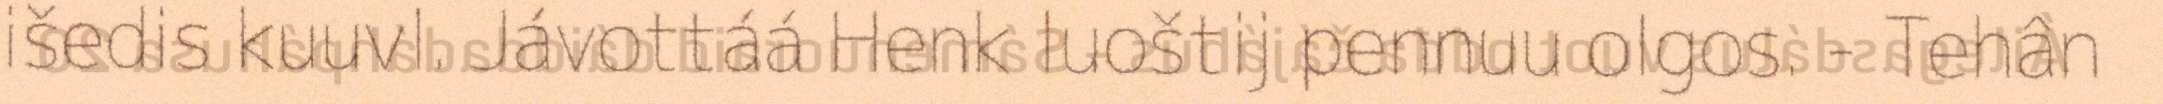
išedis kuuvl. Jávottáá Henk luoštij pennuu olgos. - Tehân